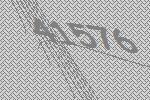
41576